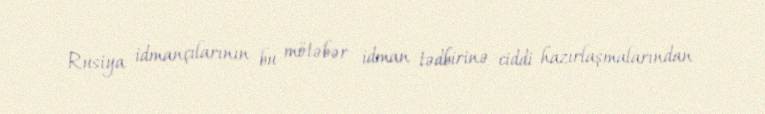
Rusiya idmançılarının bu mötəbər idman tədbirinə ciddi hazırlaşmalarından